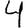
Digit: 4